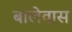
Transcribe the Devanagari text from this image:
बालेवास